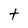
Character: t